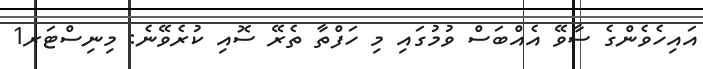
އައިހެވެންގެ ސާވޭ އެއްބަސް ވުމުގައި މި ހަފްތާ ތެރޭ ސޮއި ކުރެވޭނެ: މިނިސްޓަރ1